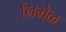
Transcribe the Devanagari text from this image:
निभ्रेळ